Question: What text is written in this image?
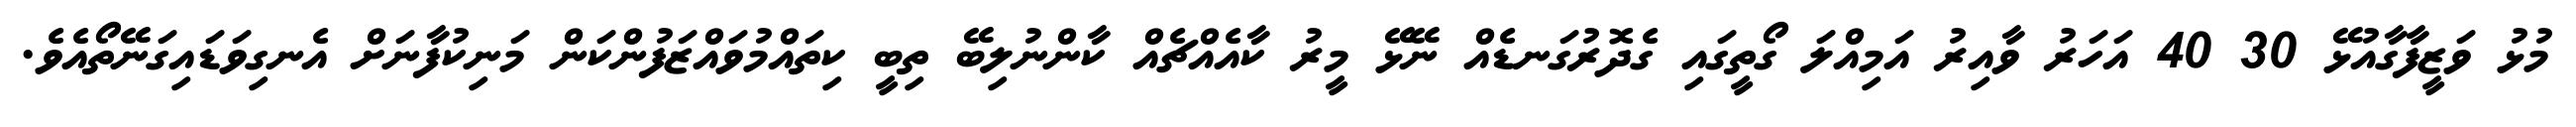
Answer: މުޅު ވަޒީފާގާއުޅޭ 30 40 އަހަރު ވާއިރު އަމިއްލަ ގޯތީގައި ގެދޮރުގަނޑެއް ނޭޅޭ މީރު ކާއެއްޗެއް ކާންނުލިބޭ ތިބީ ކިތައްމުވައްޒަފުންކަން މަނިކުފާނަށް އެނގިވަޑައިގަނޭތޯއެވެ.